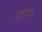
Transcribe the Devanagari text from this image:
पुत्रन्